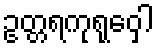
ဥတ္တရကုရုဝှေါ